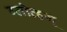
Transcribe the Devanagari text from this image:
ग्लोव्हज्